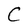
Character: C